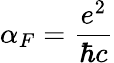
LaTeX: \alpha_{F}=\frac{e^{2}}{\hbar c}